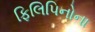
ફિલિપિનોના